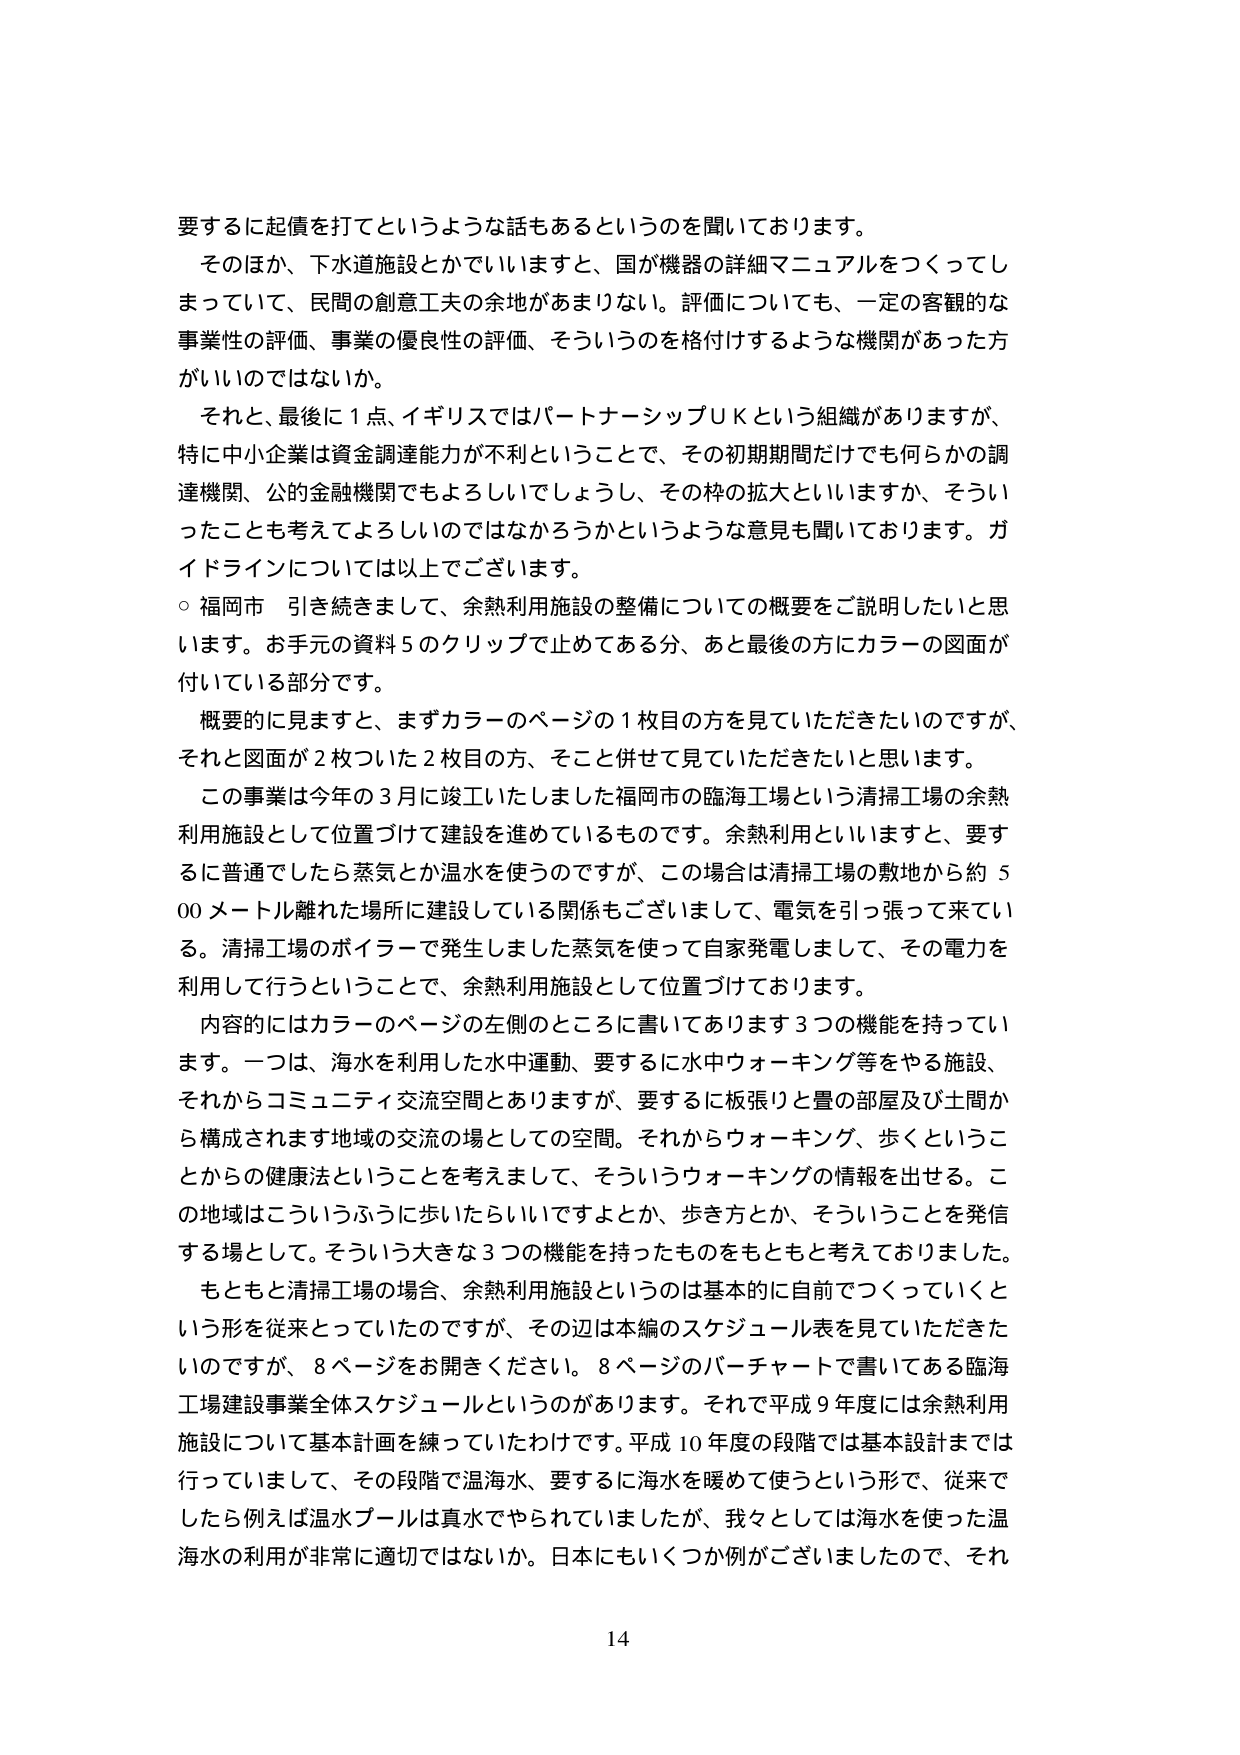
要するに起債を打てというような話もあるというのを聞いております。

そのほか、下水道施設とかでいいますと、国が機器の詳細マニュアルをつくってし
まっていて、民間の創意工夫の余地があまりない。評価についても、一定の客観的な
事業性の評価、事業の優良性の評価、そういうのを格付けするような機関があった方
がいいのではないか。

それと、最後に１点、イギリスではパートナーシップＵＫという組織がありますが、
特に中小企業は資金調達能力が不利ということで、その初期期間だけでも何らかの調
達機関、公的金融機関でもよろしいでしょうし、その枠の拡大といいますか、そうい
ったことも考えてよろしいのではないかというような意見も聞いております。ガ
イドラインについては以上でございます。

○ 福岡市 引き続きまして、余熱利用施設の整備についての概要をご説明したいと思
います。お手元の資料５のクリップで止めてある分、あと最後の方にカラーの図面が
付いている部分です。

概要的に見ますと、まずカラーのページの１枚目の方を見ていただきたいのですが、
それと図面が２枚ついた２枚目の方、そこと併せて見ていただきたいと思います。

この事業は今年の３月に竣工いたしました福岡市の臨海工場という清掃工場の余熱
利用施設として位置づけて建設を進めているものです。余熱利用といいますと、要す
るに普通でしたら蒸気とか温水を使うのですが、この場合は清掃工場の敷地から約５
００メートル離れた場所に建設している関係もございまして、電気を引っ張って来てい
る。清掃工場のボイラーで発生しました蒸気を使って自家発電しまして、その電力を
利用して行うということで、余熱利用施設として位置づけております。

内容的にはカラーのページの左側のところに書いてあります３つの機能を持ってい
ます。一つは、海水を利用した水中運動、要するに水中ウォーキング等をやる施設、
それからコミュニティ交流空間とありますが、要するに板張りと畳の部屋及び土間か
ら構成されます地域の交流の場としての空間。それからウォーキング、歩くということ
からの健康法ということを考えまして、そういうウォーキングの情報を出せる。こ
の地域はこういうふうに歩いたらいいですよとか、歩き方とか、そういうことを発信
する場として。そういう大きな３つの機能を持ったものをもともと考えておりました。

もともと清掃工場の場合、余熱利用施設というのは基本的に前でつくっていくと
いう形を従来とっていたのですが、その辺は本編のスケジュール表を見ていただきたい
のですが、８ページをお開きください。８ページのバーチャートで書いてある臨海
工場建設事業全体スケジュールというのがあります。それで平成９年度には余熱利用
施設について基本計画を練っていたわけです。平成１０年度の段階では基本設計までは
行っていまして、その段階で温海水、要するに海水を暖めて使うという形で、従来で
したら例えば温水プールは真水でやられていましたが、我々としては海水を使った温
海水の利用が非常に適切ではないか。日本にもいくつか例がございましたので、それ

14